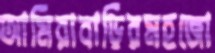
আমিরাবাড়িরমহজো